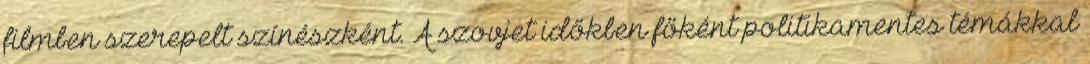
filmben szerepelt színészként. A szovjet időkben főként politikamentes témákkal